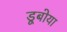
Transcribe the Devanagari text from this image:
डूबोया